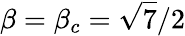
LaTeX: \beta=\beta_{c}=\sqrt{7}/2